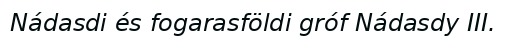
Nádasdi és fogarasföldi gróf Nádasdy III.